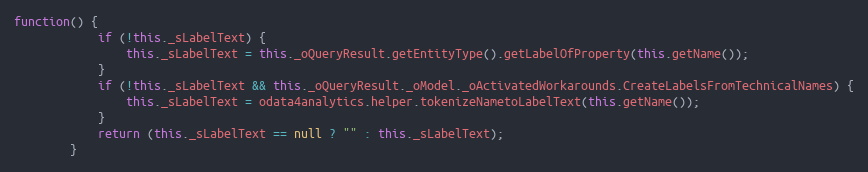
Language: JavaScript
function() {
			if (!this._sLabelText) {
				this._sLabelText = this._oQueryResult.getEntityType().getLabelOfProperty(this.getName());
			}
			if (!this._sLabelText && this._oQueryResult._oModel._oActivatedWorkarounds.CreateLabelsFromTechnicalNames) {
				this._sLabelText = odata4analytics.helper.tokenizeNametoLabelText(this.getName());
			}
			return (this._sLabelText == null ? "" : this._sLabelText);
		}